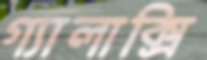
গ্যালাক্সি